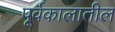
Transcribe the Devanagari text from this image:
पूर्वकालातील